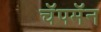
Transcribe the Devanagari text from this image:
चॅपमॅन